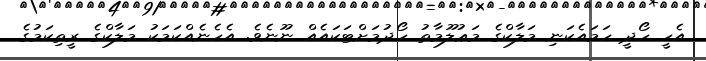
އެހީ ހޯދީ ހަމައެކަނި މަލާކްގެ މަޢުލޫމާތު ހޯދުމަށްޓަކައެއް ނޫނެވެ. އެހެނެއްކަމަކު މަލާކްގެ ރީތިކަމުގެ